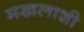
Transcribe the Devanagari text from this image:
मखलाशी